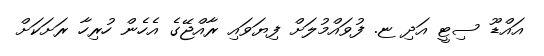
އައްޑޫ ސިޓީ އަދި ޏ. ފުވައްމުލަށް ފިޔަވައި ރާއްޖޭގެ އެހެން ހުރިހާ ރަށަކަށް